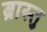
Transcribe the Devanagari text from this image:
ब्रास्तु